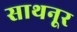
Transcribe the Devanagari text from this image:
साथनूर